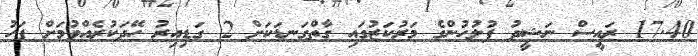
17.40 ރައީސް ނަޝީދު ފުލުހުންގެ މަރުކަޒުގައި ގާތްގަނޑަކަށް 2 ގަޑިއިރު ހޭދަކުރެއްވުމަށް ފަހު